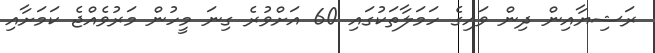
ރަޝިޔާއިން ދިން ވައިގެ ހަމަލާތަކުގައި 60 އަށްވުރެ ގިނަ މީހުން މަރުވެއްޖެ ކަމަށާއި